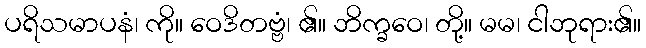
ပရိသမာပနံ၊ ကို။ ဝေဒိတဗ္ဗံ၊ ၏။ ဘိက္ခဝေ၊ တို့။ မမ၊ ငါဘုရား၏။